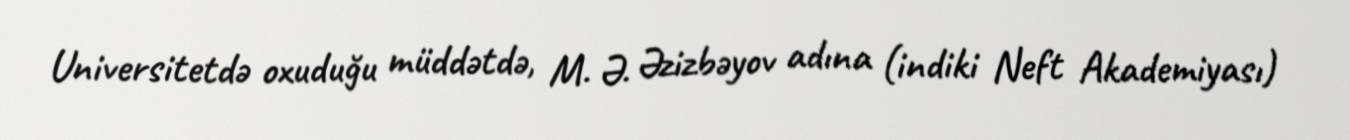
Universitetdə oxuduğu müddətdə, M. Ə. Əzizbəyov adına (indiki Neft Akademiyası)